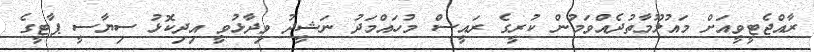
ރާއްޖެޓީވީއަށް މައުލޫމާތުދެއްވަމުން ކުރީގެ ރައީސް މުހައްމަދު ނަޝީދު ވިދާޅުވީ އިދިކޮޅު ސިޔާސީ ޕާޓީގެ